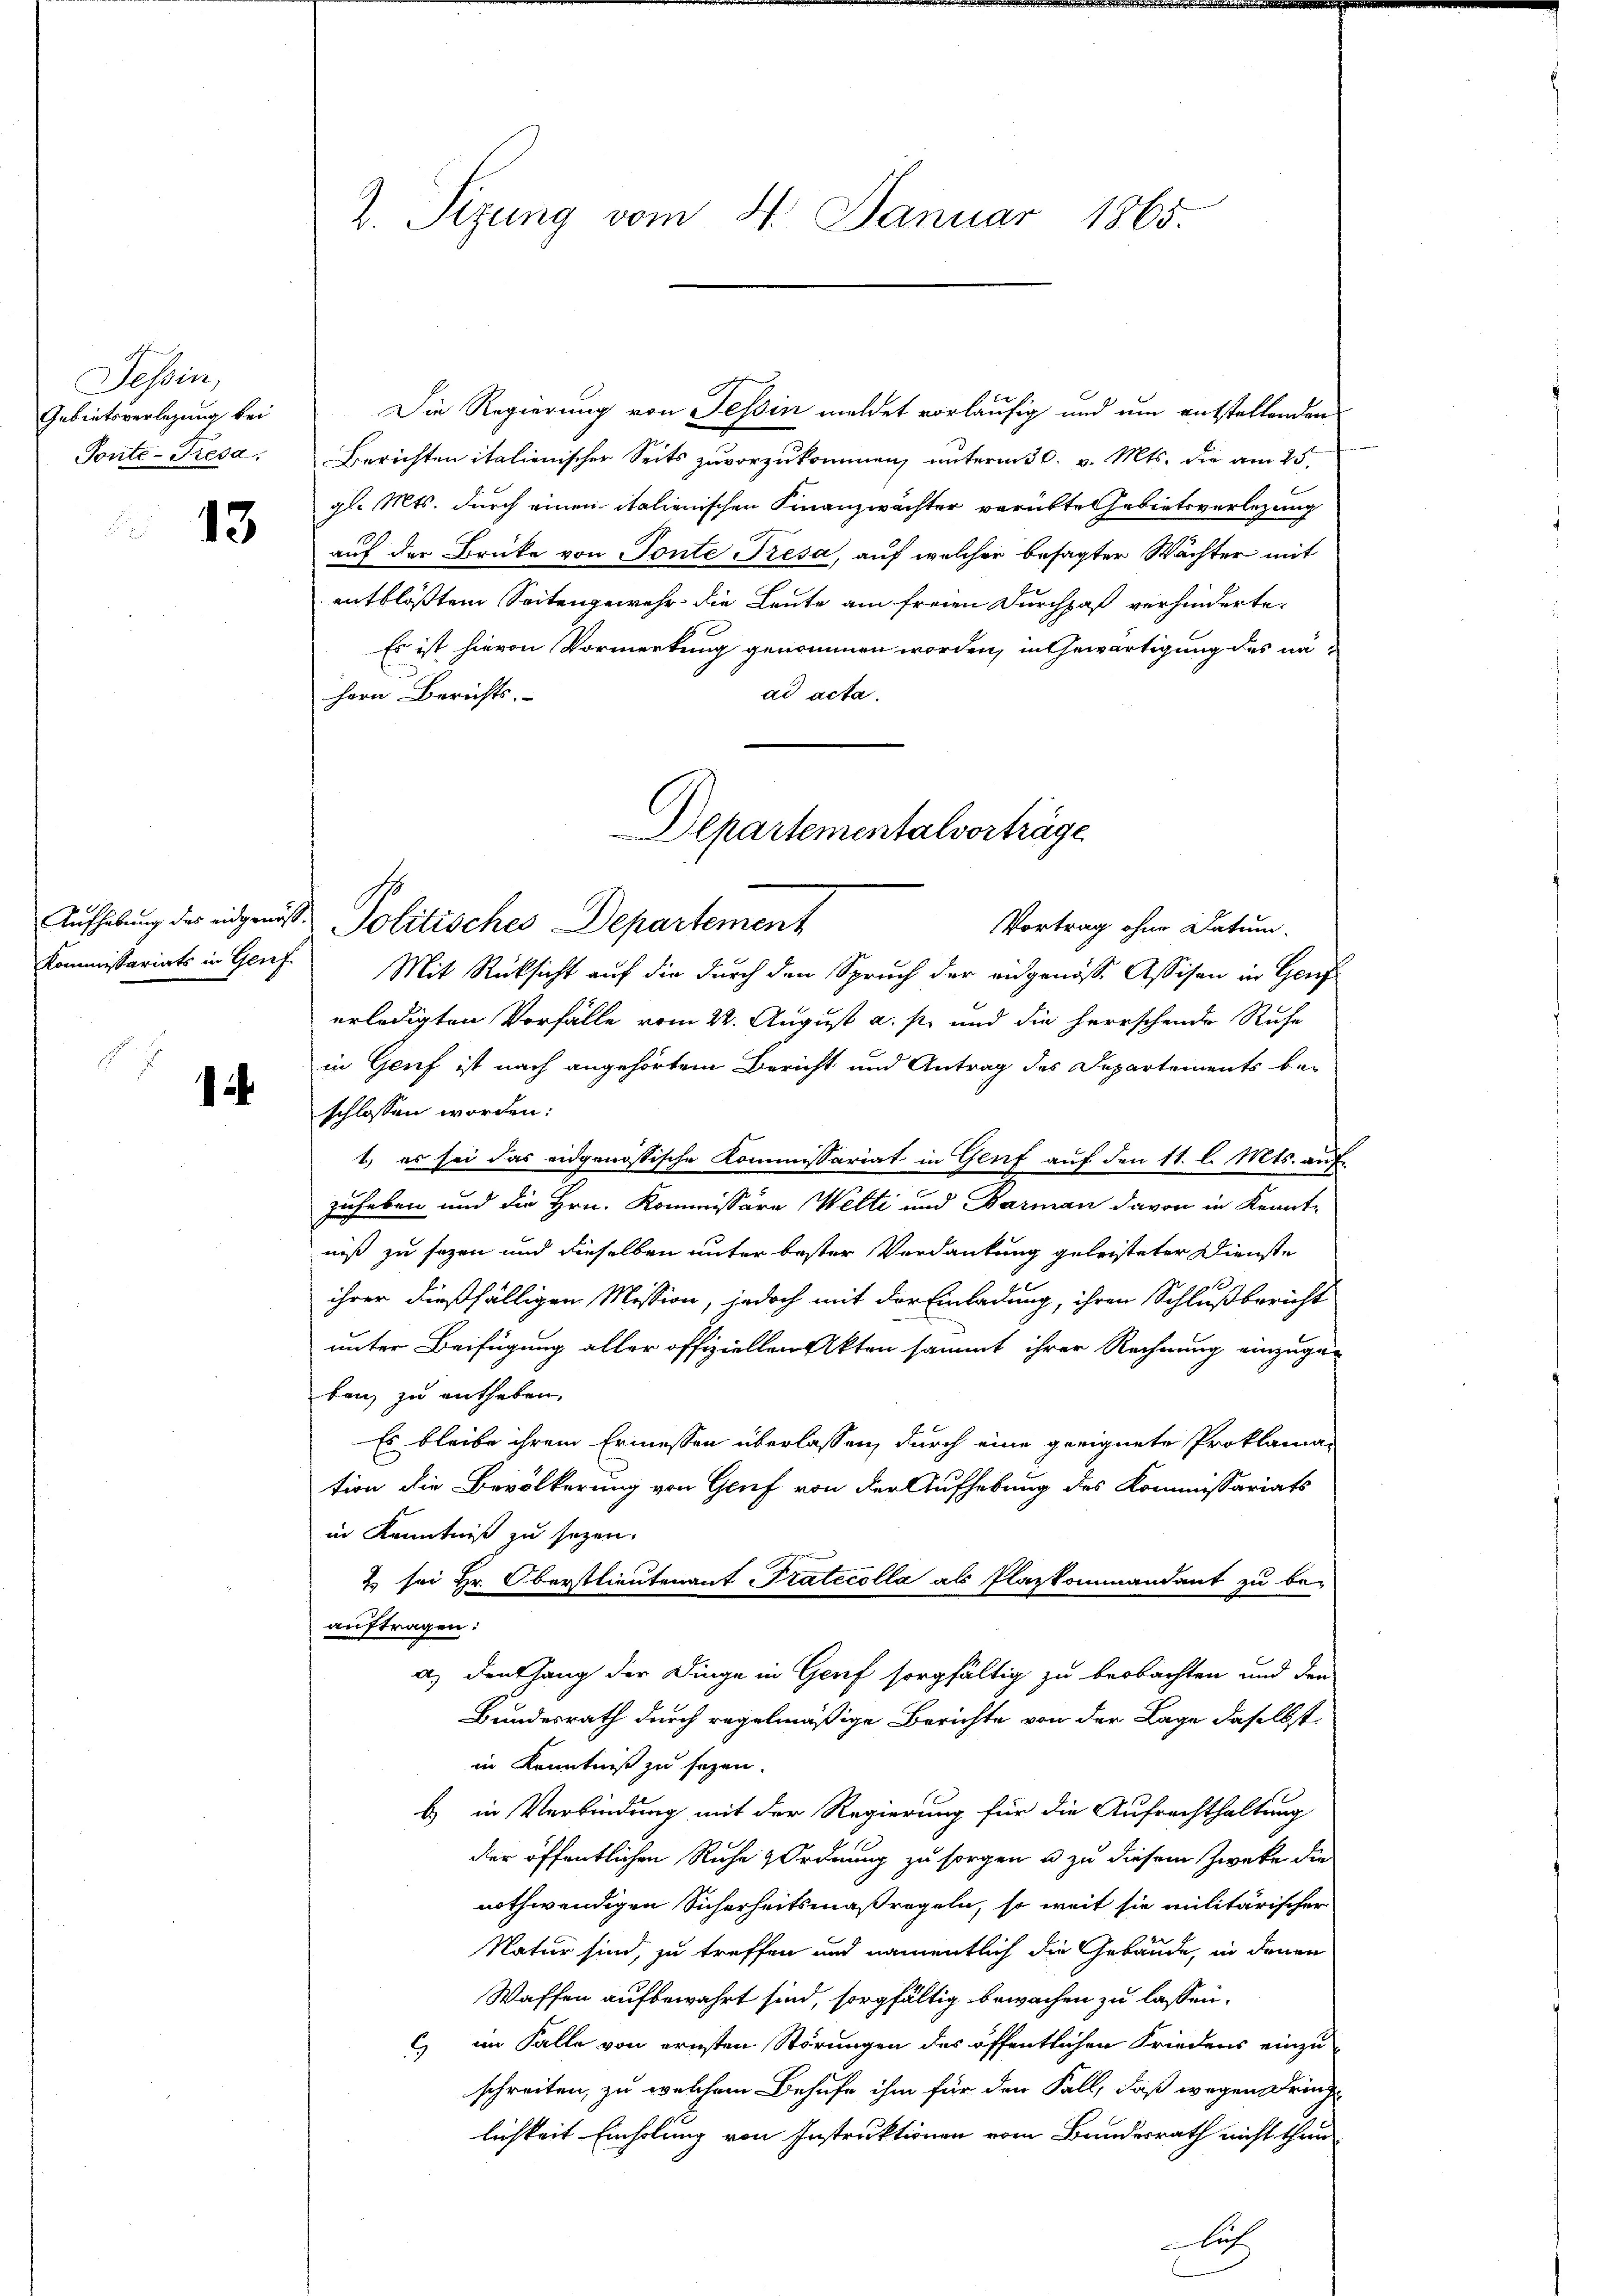
Tessin,
Gebietsverlegung bei
Ponte-Tresa

13

Kommissariats in Genf.

.

Die Regierung von Tessin meldet vorläufig und um entstellenden
Berichten italienischer Seits zuvorzukommen, unterm 30. v. Mts. die am 25.
gl. Mts. durch einen italienischen Finanzwächter verübte Gebietsverlegung
auf der Brüke von Tonte Tresa, auf welcher besagter Wächter mit
entblößtem Seitengewehr die Leute am freien Durchhof verhinderte.
Es ist hievon Vormerkung genommen worden, in Gewärtigung des nä-
ad acta.
Hern Berichts.
Vortrag ohne Datum.
Mit Rücksicht auf die durch den Spruch der eidgenöss. Assisen in Genf
erledigten Vorfälle vom 22. August a. p. und die herrschende Ruhe
in Genf ist nach angehörtem Bericht und Antrag des Departements be-
schlossen worden:
1) es sei das eidgenössische Kommissariat in Genf auf den 11. l. Mts. auf
zuheben und die Hrn. Kommissäre Welti und Barman davon in Kenntniß zu sagen und dieselben unter bester Verdankung geleisteter Dienste
ihrer dießfälligen Mission, jedoch mit der Einladung, ihren Schlußbericht
unter Beifügung aller offiziellen Akten sammt ihrer Rechnung einzuge-
ban zu entheben.
Es bleibe ihrem Ermessen überlassen, durch eine geeignete Proklamation die Bevölkerung von Gruf von der Aufhebung des Kommissariats
in Kenntniß zu sezen.
2 sei Hr. Oberstlieutenant Pratecolla als Plazkommandant zu be-
auftragen:
a.) Denhang der Dinge in Genf sorgfältig zu beobachten und den
Bundesrath durch regelmäßige Berichte von der Lage daselbst
in Kenntniß zu sezen.
b) in Verbindung mit der Regierung für die Aufrechthaltung
der öffentlichen Ruhe Ordnung zu sorgen u zu diesem Zwecke die
nothwendigen Sicherheitsmaßregeln, so weit sie militärischer
Natur sind, zu treffen und namentlich die Gebäude, in denen
Waffen aufbewahrt sind, sorgfältig bewachen zu lassen.
c) im Falle von ernsten Störungen des öffentlichen Friedens einzuschreiten, zu welchem Behufe ihm für den Fall, daß wegen Dring
lichkeit Einholung von Instruktionen vom Bundesrath nicht thun
ich

2 Sizung vom 4. Januar 1865.

Aufhebung des eidgenoße Politisches Departement

Departementalverträge